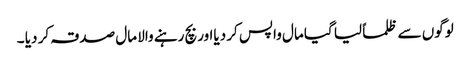
لوگوں سے ظلماً لیا گیا مال واپس کر دیااور بچ رہنے والا مال صدقہ کر دیا ۔